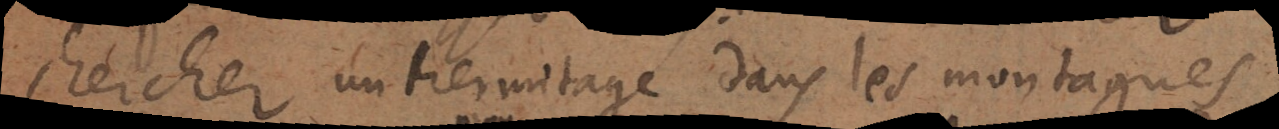
chercher un hermitage dans les montagnes